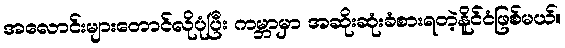
အလောင်းများတောင်လိုပုံပြီး ကမ္ဘာမှာ အဆိုးဆုံးခံစားရတဲ့နိူင်ငံဖြစ်မယ်။